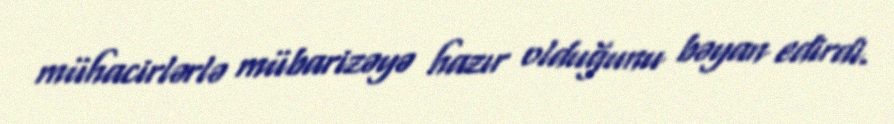
mühacirlərlə mübarizəyə hazır olduğunu bəyan edirdi.